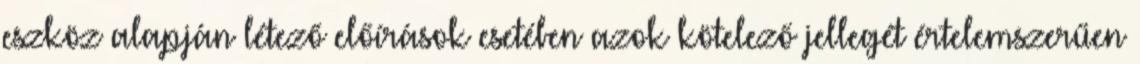
eszköz alapján létező előírások esetében azok kötelező jellegét értelemszerűen